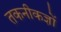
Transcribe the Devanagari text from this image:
तकनीकज्ञों